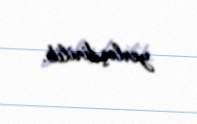
yerləşdirilib.